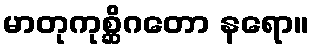
မာတုကုစ္ဆိဂတော နရော။